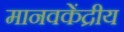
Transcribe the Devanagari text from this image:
मानवकेंद्रीय